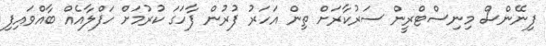
ފިނޭންސް މިނިސްޓްރީން ސަރުކާރަށް ތިން އަހަރު ފުރުން ފާހަގަ ކުރުމަށް ހަފްލާއެއް ބާއްވައިފި